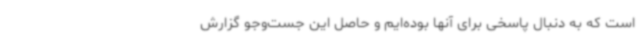
است که به دنبال پاسخی برای آنها بوده‌ایم و حاصل این جست‌وجو گزارش